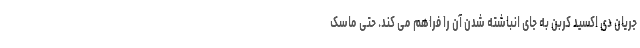
جریان دی اکسید کربن به جای انباشته شدن آن را فراهم می کند. حتی ماسک